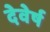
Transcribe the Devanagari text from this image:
देवेर्ष